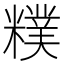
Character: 𥼜